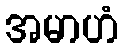
အမာဟံ